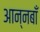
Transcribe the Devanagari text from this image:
आन्नबाँ